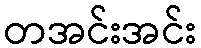
တအင်းအင်း